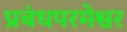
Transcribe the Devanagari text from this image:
प्रबंधपरमेश्वर